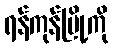
ရန်ကုန်မြို့ကို